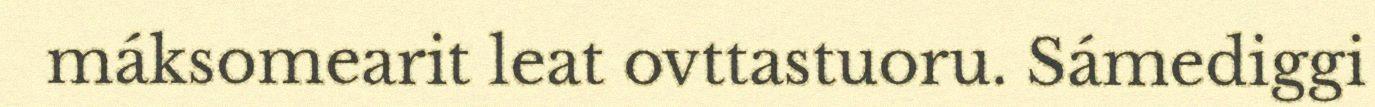
máksomearit leat ovttastuoru. Sámediggi